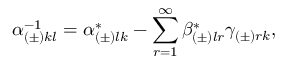
\alpha _ { ( \pm ) k l } ^ { - 1 } = \alpha _ { ( \pm ) l k } ^ { * } - \sum _ { r = 1 } ^ { \infty } \beta _ { ( \pm ) l r } ^ { * } \gamma _ { ( \pm ) r k } ,